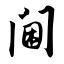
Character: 阃